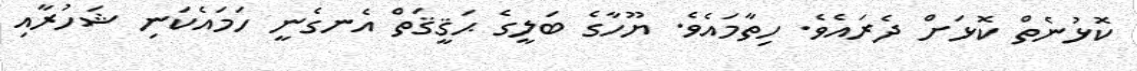
ކޮޅުނެތް ކޮޅަށް ދެރައެވެ. ހިތާމައެވެ. ޔޫހާގެ ބަލީގެ ޙަޤީޤަތް އެނގެނީ ހަމައެކަނި ޝަހުރާއި